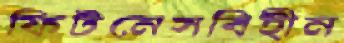
ফিটনেসবিহীন